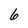
Character: 6